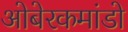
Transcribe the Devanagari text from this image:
ओबेरकमांडो